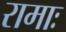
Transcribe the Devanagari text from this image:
रामाः